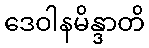
ဒေဝါနမိန္ဒာတိ